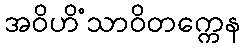
အဝိဟိံသာဝိတက္ကေန